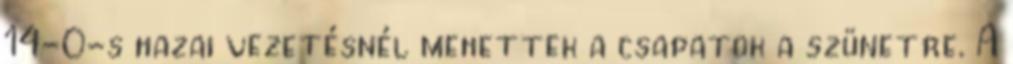
14-0-s hazai vezetésnél mehettek a csapatok a szünetre. A